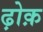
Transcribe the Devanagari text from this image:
ढ़ोक़